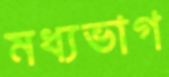
মধ্যভাগ